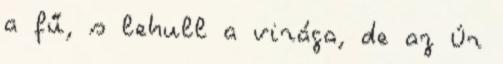
a fű, s lehull a virága, de az Úr